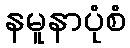
နမူနာပုံစံ